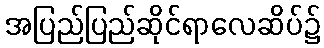
အပြည်ပြည်ဆိုင်ရာလေဆိပ်၌